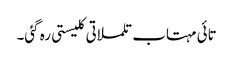
تائی مہتاب تلملاتی کلیستی رہ گئی۔